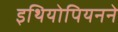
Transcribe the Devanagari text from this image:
इथियोपियनने